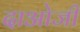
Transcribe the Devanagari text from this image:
दाओजी